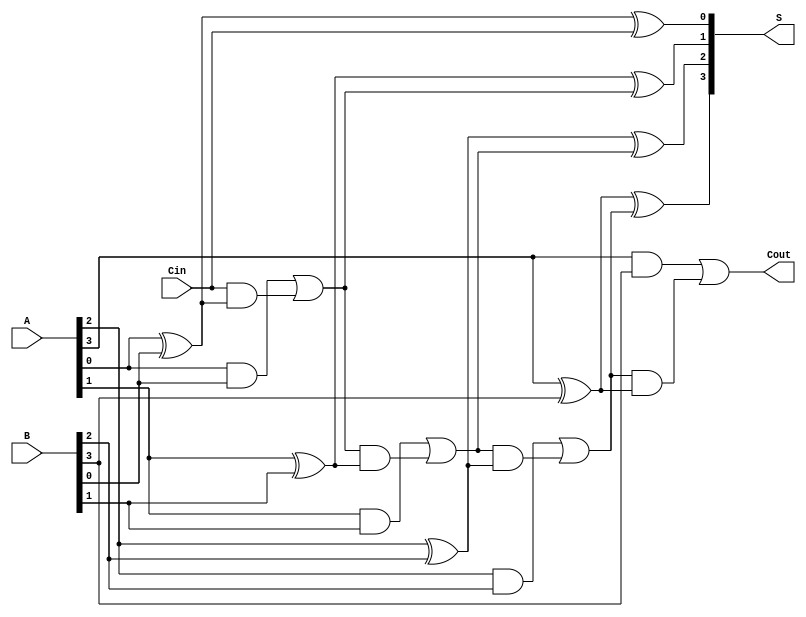
module ling_adder #(parameter n = 4) (
    input  wire [n-1:0] A,    // First n-bit binary number
    input  wire [n-1:0] B,    // Second n-bit binary number
    input  wire Cin,           // Carry-in
    output reg  [n-1:0] S,     // n-bit sum output
    output reg  Cout           // Carry-out
);

    reg [n:0] C; // Carry array, C[i] for carry out from bit i

    // Carry generation
    integer i;
    always @* begin
        C[0] = Cin; // Initialize C[0] with Cin
        for (i = 0; i < n; i = i + 1) begin
            C[i + 1] = (A[i] & B[i]) | (C[i] & (A[i] ^ B[i]));
        end
    end

    // Sum calculation
    always @* begin
        for (i = 0; i < n; i = i + 1) begin
            S[i] = A[i] ^ B[i] ^ C[i];
        end
        Cout = C[n]; // Carry-out is C[n] after the last calculation
    end

endmodule